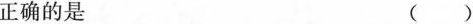
正确的是 ( )